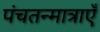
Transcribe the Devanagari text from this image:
पंचतन्मात्राएँ